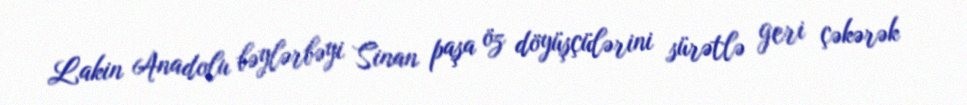
Lakin Anadolu bəylərbəyi Sinan paşa öz döyüşçülərini sürətlə geri çəkərək